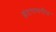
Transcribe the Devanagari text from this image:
इंटरागरौप